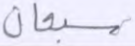
سبحان